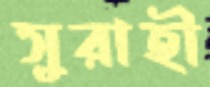
সুরাহী